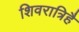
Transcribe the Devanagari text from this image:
शिवरात्रिहै